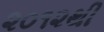
૨૦૧૨થી